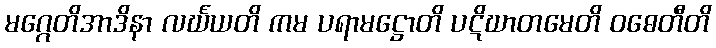
မဂ္ဂေတိအာဒိနာ လင်္ဃယတိ ကမ ပရာမဋ္ဌောတိ ပဋိဃာတမေတိ ဝဓေတီတိ